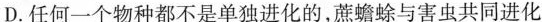
D.任何一个物种都不是单独进化的，蔗蟾蜍与害虫共同进化